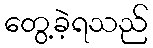
တွေ့ခဲ့ရသည်